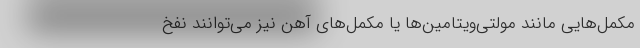
مکمل‌هایی مانند مولتی‌ویتامین‌ها یا مکمل‌های آهن نیز می‌توانند نفخ